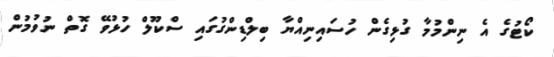
ކޯޓުގެ އެ ނިންމުމާ ގުޅިގެން ހުސައިނިއްޔާ ބިލްޑިންގުގައި ސްކޫލް ހުޅުވޭ ގޮތް ނުވުމުން